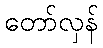
တော်လှန်